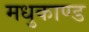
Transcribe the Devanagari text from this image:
मधुकाण्ड